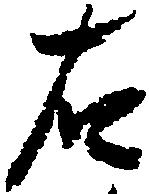
右